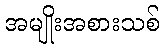
အမျိုးအစားသစ်